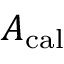
A _ { \mathrm { c a l } }